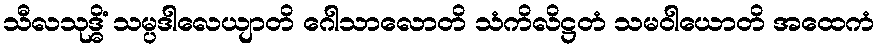
သီလသုဒ္ဓိံ သမ္ပဒါလေယျာတိ ဂေါသာလောတိ သံကိလိဋ္ဌတံ သမဝါယောတိ အထေကံ